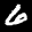
Label: 6